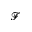
\mathcal { F }